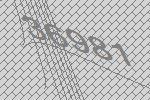
36981